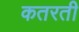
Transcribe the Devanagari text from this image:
कतरती